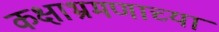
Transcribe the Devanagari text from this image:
कक्षाभ्रमणाच्या